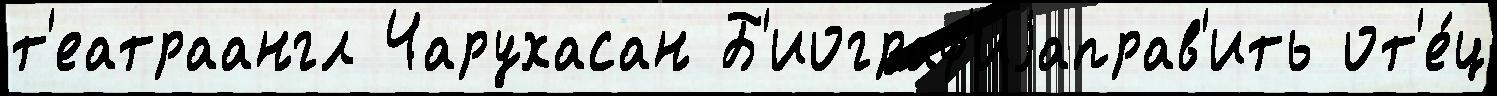
т'еатраангл Чарухасан Б'иограф'иjаправ'ить от'е́ц